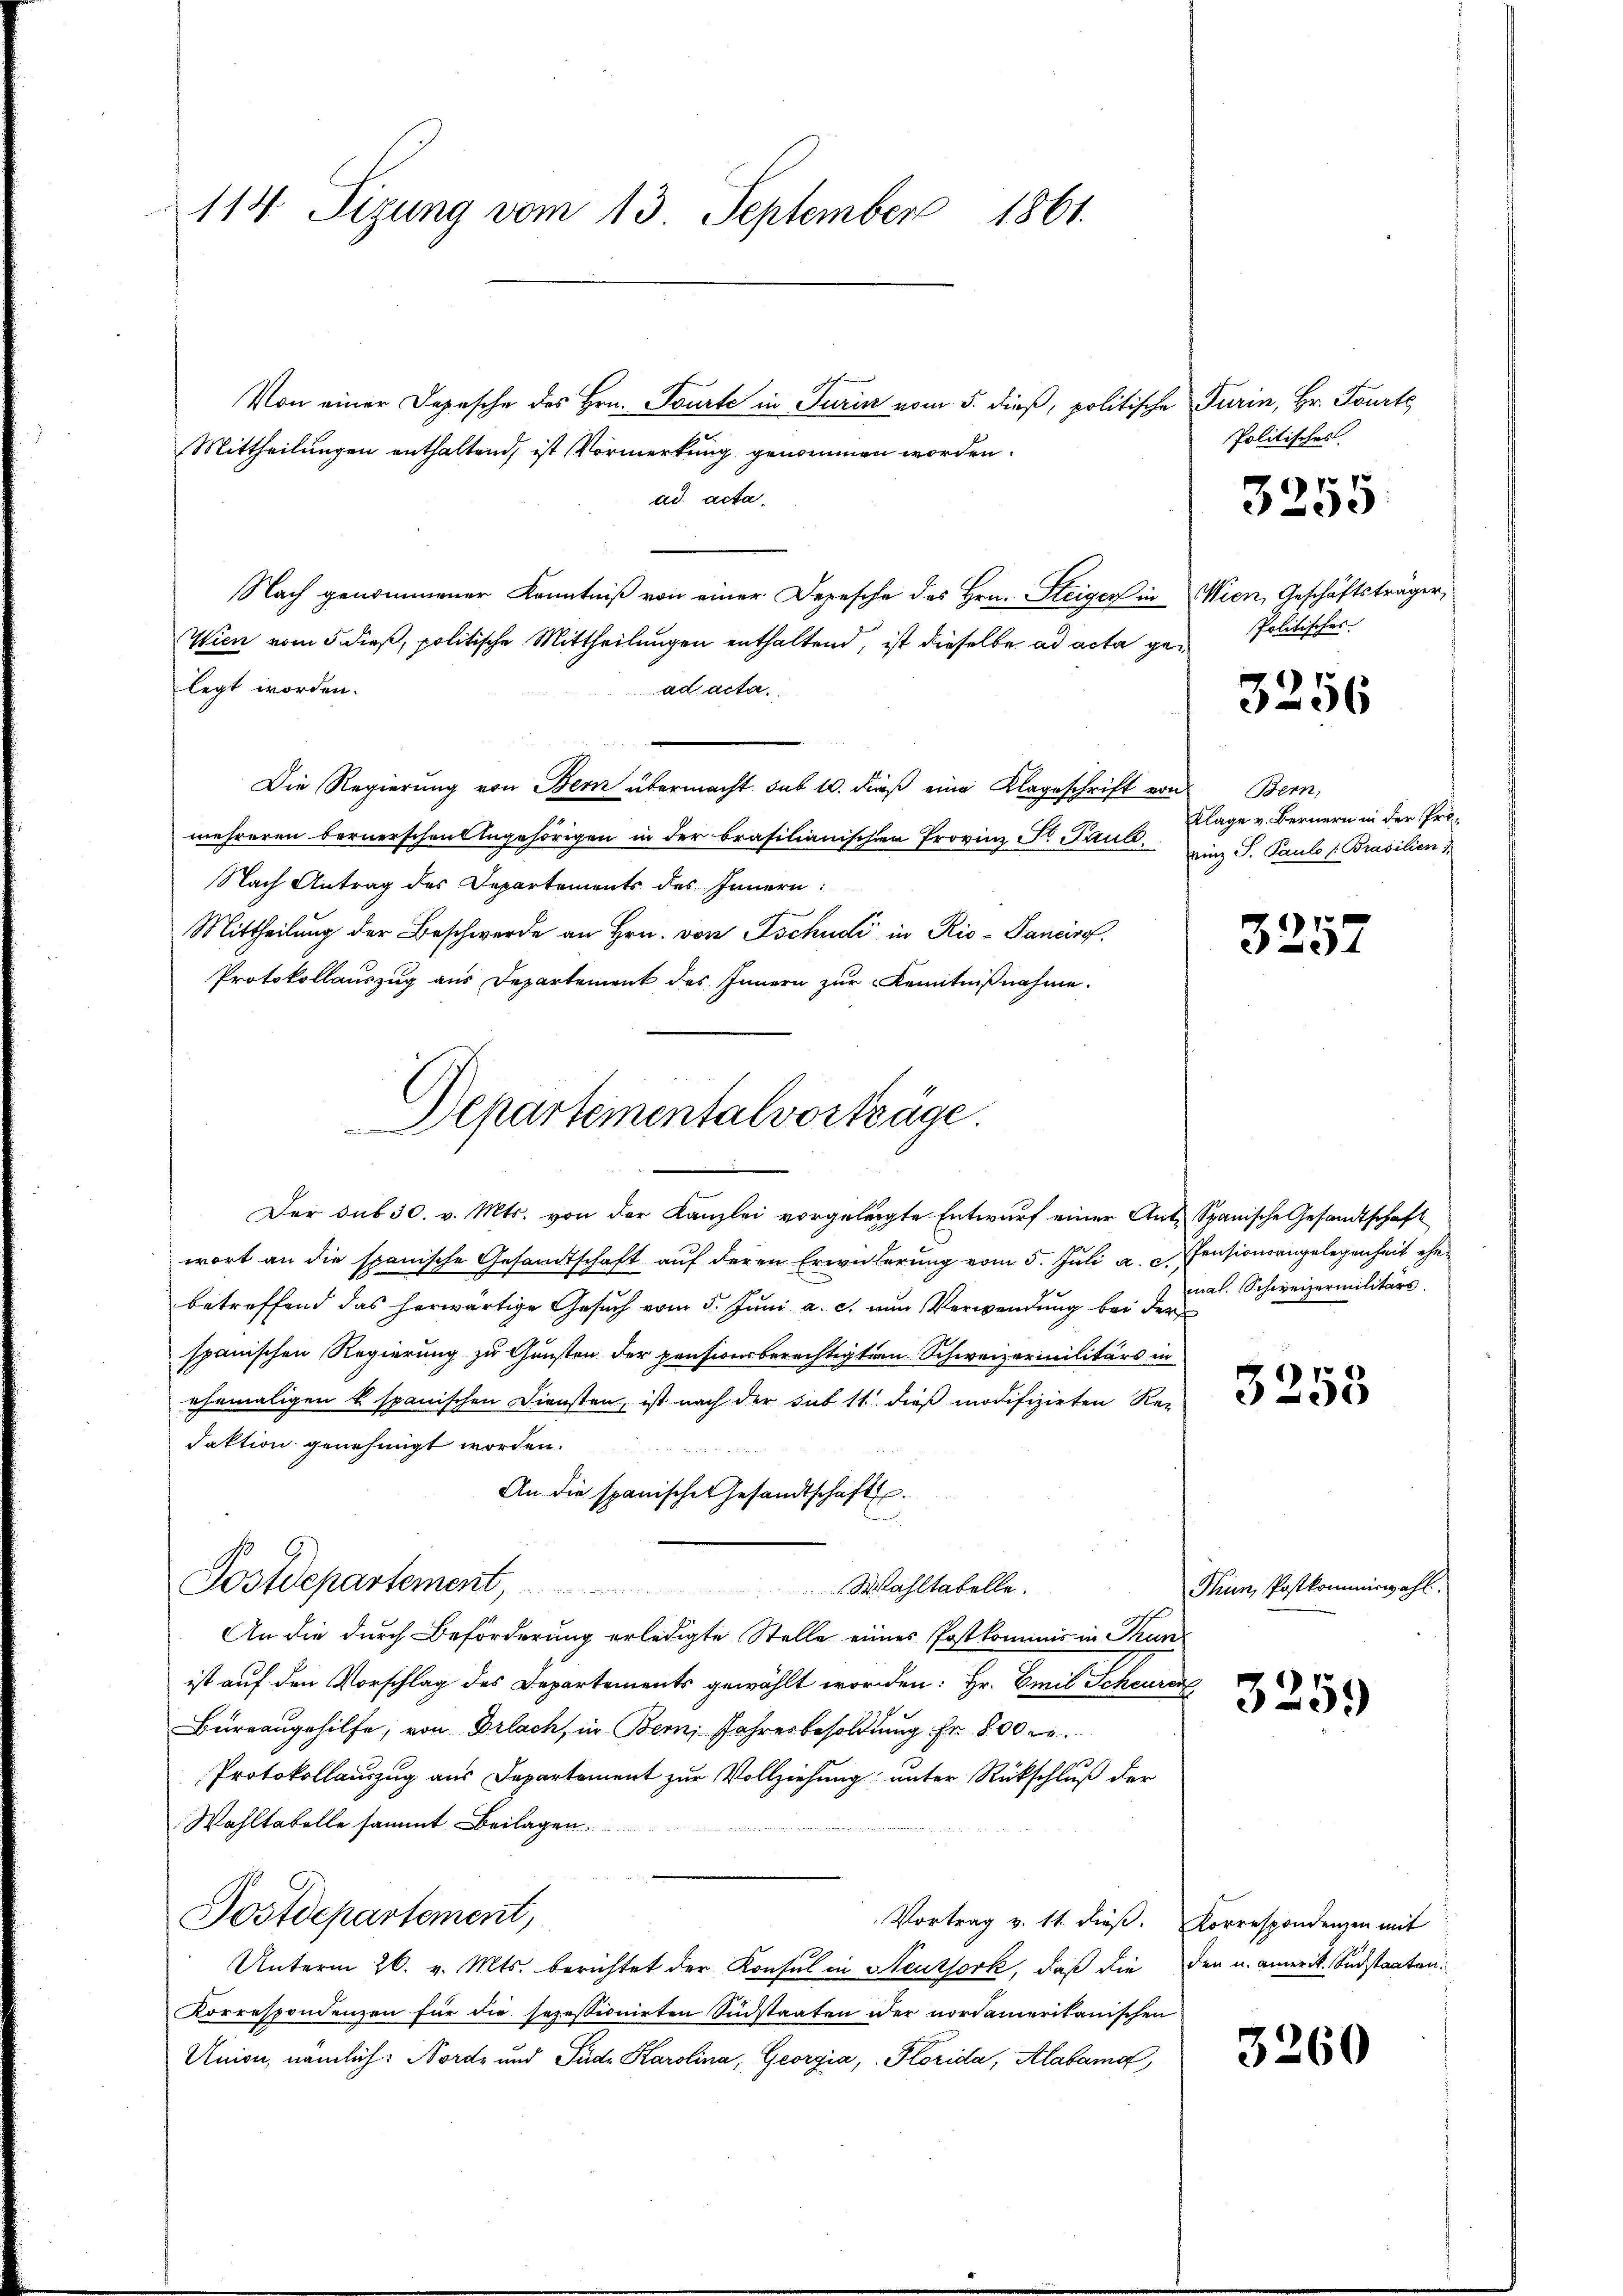
114 Sizung vom 13. September 1861.

Mittheilungen enthaltend, ist Vormerkung genommen worden.
ad acta.
Nach genommener Kenntniß von einer Depesche des Hrn. Steiger in Wien, Geschäftsträger,
Wien vom 5. dieß, politische Mittheilungen enthaltend, ist dieselbe ad acta gelegt worden.
ad acta
Die Regierung von Bern übermacht sub 10. dieß eine Klageschrift von
mehreren bernerschen Angehörigen in der brasilianischen Provinz Fr. Paul. S. Pauls [Brasilien
Nach Antrag des Departements des Innern:
Mittheilung der Beschwerde an Hrn. von Tschudi in Rio-Pancirof.
Protokollauszug aus Departement des Innern zur Kenntnißnahme.
Der sub 30. v. Mts. von der Kanzlei vorgeleigte Entwurf einer Ant. Spanische Gesandtschaft
wort an die spanische Gesandtschaft auf deren Erwäherung vom 5. Juli a. c. Pensionsangelegenheit ehen
betreffend das herwärtige Gesuch vom 5. Juni a. c. nun Verwendung bei der
spanischen Regierung zu Gunsten der pensionsberechtigten Schweizerinilitärs in
ehemaligen k. spanischen Diensten, ist nach der sub 11 dieß modifizirten Re¬
Faktion genehmigt worden.
An die spanische Gesandtschaft
Postdepartement,
Wahltabelle.
An die durch Beförderung erledigte Stelle eines Postkommnis in Thun-
ist auf den Vorschlag des Departements gewählt worden: Hr. Emil Scheurer
Bureaugehilfe, von Erlach, in Bern, Jahresbesoldung Fr. 800 r
Protokollauszug aus Departement zur Vollziehung unter Rückschluß der
Wahltabelle sammt Beilagen.
Postdepartement,
Vortrag v. 11. dieß. Korrespondenzen mit
Unterm 26. v. Mts. berichtet der Konsul in Reuthork, daß die den u. amerik. Südstaaten.
Korrespondenzen für die sezessionirten Südstaaten der nordamerikanischen
Union, nämlich: Norde und Pude Karolina, Georgia, Florida, Alaband

Von einer Depesche des Hrn. Tourte in Turin vom 5. dieß, politische Turin, Hr. Fourte

Departementalvorträge.
n

Politisches
Politisches.
3256
Bern,
Klage v. Bernern in der Prä¬

3255

3257

mal. Schweizermilitärs.

3253

Thun, Postkommiswahl.

3259

3260